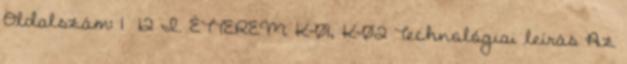
Oldalszám: 1 12 I. ÉTTEREM K-01, K-02 Technológiai leírás Az